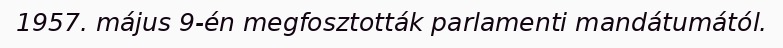
1957. május 9-én megfosztották parlamenti mandátumától.